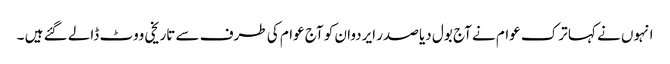
انہوں نے کہا ترک عوام نے آج بول دیا صدر ایردوان کو آج عوام کی طرف سے تاریخی ووٹ ڈالے گئے ہیں ۔